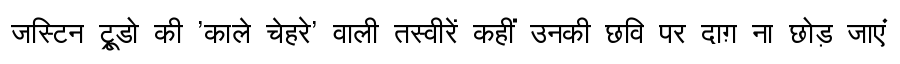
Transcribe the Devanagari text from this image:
जस्टिन ट्रूडो की 'काले चेहरे' वाली तस्वीरें कहीं उनकी छवि पर दाग़ ना छोड़ जाएं